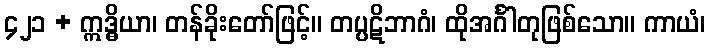
၄၂၁ + ဣဒ္ဓိယာ၊ တန်ခိုးတော်ဖြင့်။ တပ္ပဋိဘာဂံ၊ ထိုအင်္ဂါတုဖြစ်သော။ ကာယံ၊